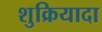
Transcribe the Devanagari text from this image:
शुक्रियादा